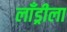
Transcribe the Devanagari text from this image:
लाँड्रीला